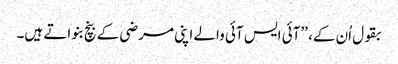
بقول اُن کے، ’’آئی ایس آئی والے اپنی مرضی کے بنچ بنواتے ہیں۔